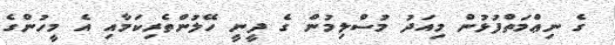
ގެ ނިޢްމަތްފުޅުން މިއަދު މުސްލިމުން ގެ ދީނީ ހޭލުންތެރިކަމާއި އެ މީހުންގެ